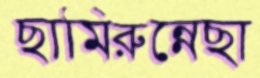
ছামিরুন্নেছা